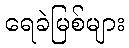
ရေခဲမြစ်များ